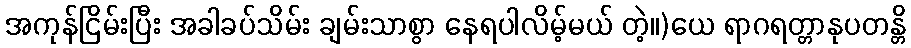
အကုန်ငြိမ်းပြီး အခါခပ်သိမ်း ချမ်းသာစွာ နေရပါလိမ့်မယ် တဲ့။)ယေ ရာဂရတ္တာနုပတန္တိ